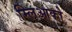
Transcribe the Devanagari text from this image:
म्लिआको